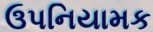
ઉપનિયામક